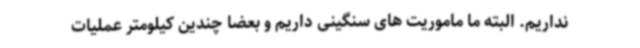
نداریم. البته ما ماموریت های سنگینی داریم و بعضا چندین کیلومتر عملیات